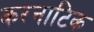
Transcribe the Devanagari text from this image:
करनाटिक